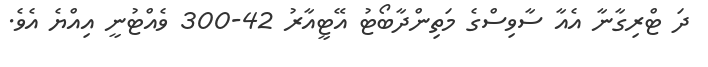
ދަ ޓްރިގާނާ އެއާ ސާވިސްގެ މަތިންދާބޯޓު އޭޓީއާރު 42-300 ވެއްޓުނީ އިއްޔެ އެވެ.